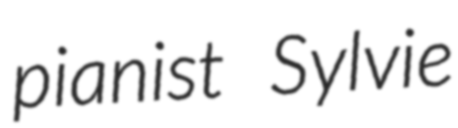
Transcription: pianist Sylvie